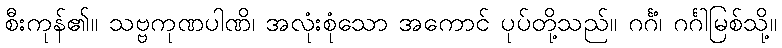
စီးကုန်၏။ သဗ္ဗကုဏပါဏိ၊ အလုံးစုံသော အကောင် ပုပ်တို့သည်။ ဂင်္ဂံ၊ ဂင်္ဂါမြစ်သို့။